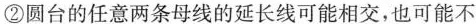
②圆台的任意两条母线的延长线可能相交，也可能不